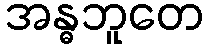
အန္ဓဘူတေ